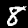
Label: 8